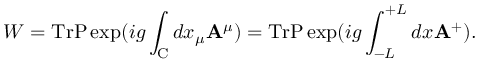
W = \mathrm { T r } \mathrm { { P } } \exp ( i g \int _ { \mathrm { C } } d x _ { \mu } { \bf A } ^ { \mu } ) = \mathrm { T r } \mathrm { { P } } \exp ( i g \int _ { - L } ^ { + L } d x { \bf A } ^ { + } ) .